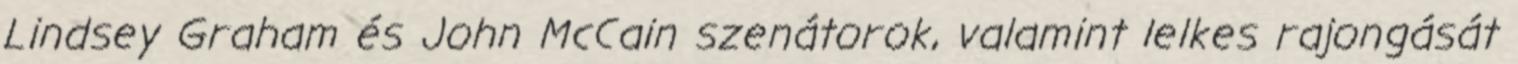
Lindsey Graham és John McCain szenátorok, valamint lelkes rajongását